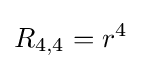
R_{4,4}=r^{4}